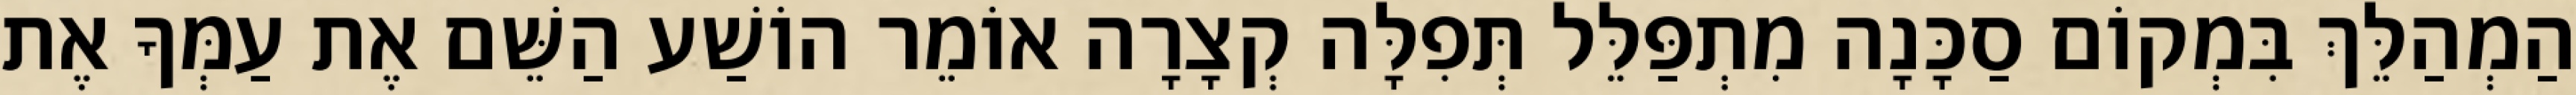
הַמְהַלֵּךְ בִּמְקוֹם סַכָּנָה מִתְפַּלֵּל תְּפִלָּה קְצָרָה אוֹמֵר הוֹשַׁע הַשֵּׁם אֶת עַמְּךָ אֶת